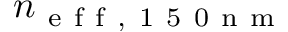
n _ { \mathrm { ~ e ~ f ~ f ~ , ~ 1 ~ 5 ~ 0 ~ n ~ m ~ } }